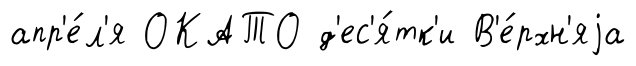
апр'е́л'я ОКАТО д'ес'я́тк'и В'е́рхн'яjа